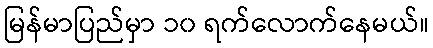
မြန်မာပြည်မှာ ၁၀ ရက်လောက်နေမယ်။